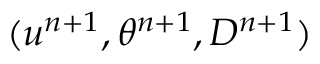
( u ^ { n + 1 } , \theta ^ { n + 1 } , D ^ { n + 1 } )